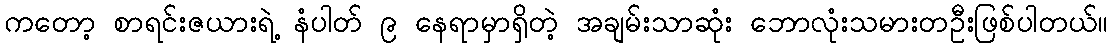
ကတော့ စာရင်းဇယားရဲ့ နံပါတ် ၉ နေရာမှာရှိတဲ့ အချမ်းသာဆုံး ဘောလုံးသမားတဦးဖြစ်ပါတယ်။